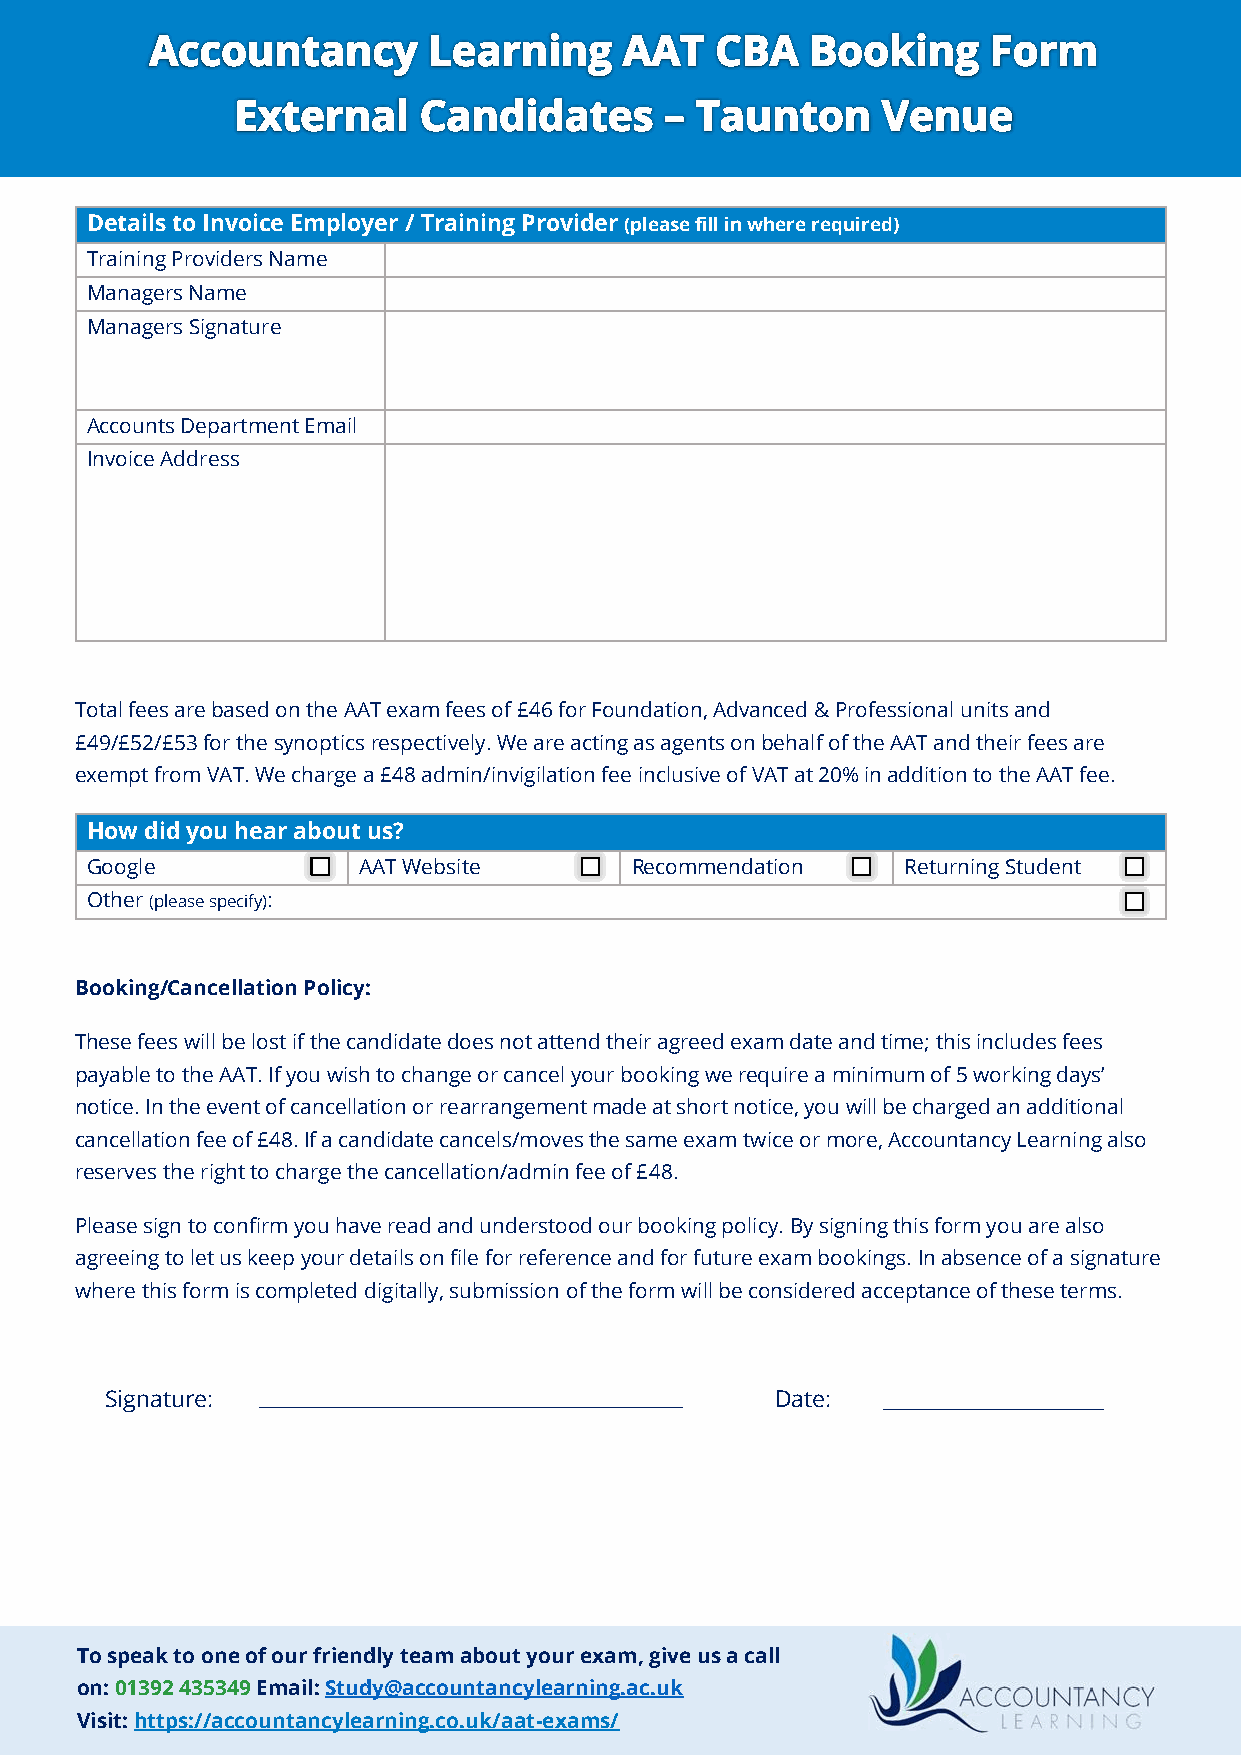
Details to Invoice Employer / Training Provider (please fill in where required)
 Training Providers Name
 Managers Name
 Managers Signature
 Accounts Department Email
 Invoice Address
 Total fees are based on the AAT exam fees of £46 for Foundation, Advanced & Professional units and
 £49/£52/£53 for the synoptics respectively. We are acting as agents on behalf of the AAT and their fees are
 exempt from VAT. We charge a £48 admin/invigilation fee inclusive of VAT at 20% in addition to the AAT fee.
 How did you hear about us?
 Google            AAT Website       Recommendation    Returning Student
 Other (please specify):
 Booking/Cancellation Policy:
 These fees will be lost if the candidate does not attend their agreed exam date and time; this includes fees
 payable to the AAT. If you wish to change or cancel your booking we require a minimum of 5 working days’
 notice. In the event of cancellation or rearrangement made at short notice, you will be charged an additional
 cancellation fee of £48. If a candidate cancels/moves the same exam twice or more, Accountancy Learning also
 reserves the right to charge the cancellation/admin fee of £48.
 Please sign to confirm you have read and understood our booking policy. By signing this form you are also
 agreeing to let us keep your details on file for reference and for future exam bookings. In absence of a signature
 where this form is completed digitally, submission of the form will be considered acceptance of these terms.
 Signature:                                  Date:
 To speak to one of our friendly team about your exam, give us a call
 on: 01392 435349 Email: Study@accountancylearning.ac.uk
 Visit: https://accountancylearning.co.uk/aat-exams/